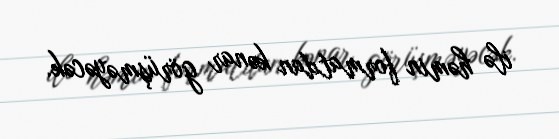
ilə həmin formatdan kənar görüşməyəcək.